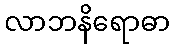
လာဘနိရောဓာ